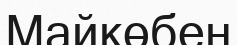
Майкөбен